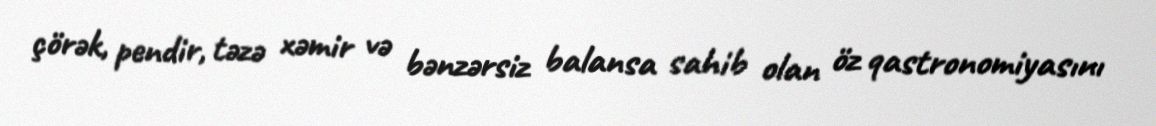
çörək, pendir, təzə xəmir və bənzərsiz balansa sahib olan öz qastronomiyasını